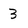
Character: 3